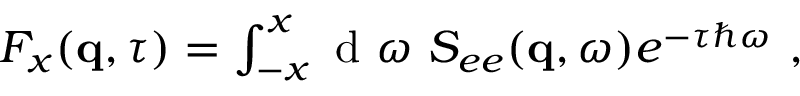
\begin{array} { r } { F _ { x } ( \mathbf { q } , \tau ) = \int _ { - x } ^ { x } \textnormal { d } \omega \ S _ { e e } ( \mathbf { q } , \omega ) e ^ { - \tau \hbar \omega } \ , } \end{array}